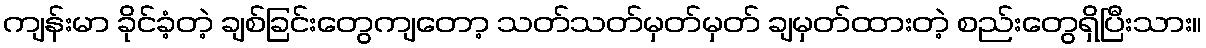
ကျန်းမာ ခိုင်ခံ့တဲ့ ချစ်ခြင်းတွေကျတော့ သတ်သတ်မှတ်မှတ် ချမှတ်ထားတဲ့ စည်းတွေရှိပြီးသား။